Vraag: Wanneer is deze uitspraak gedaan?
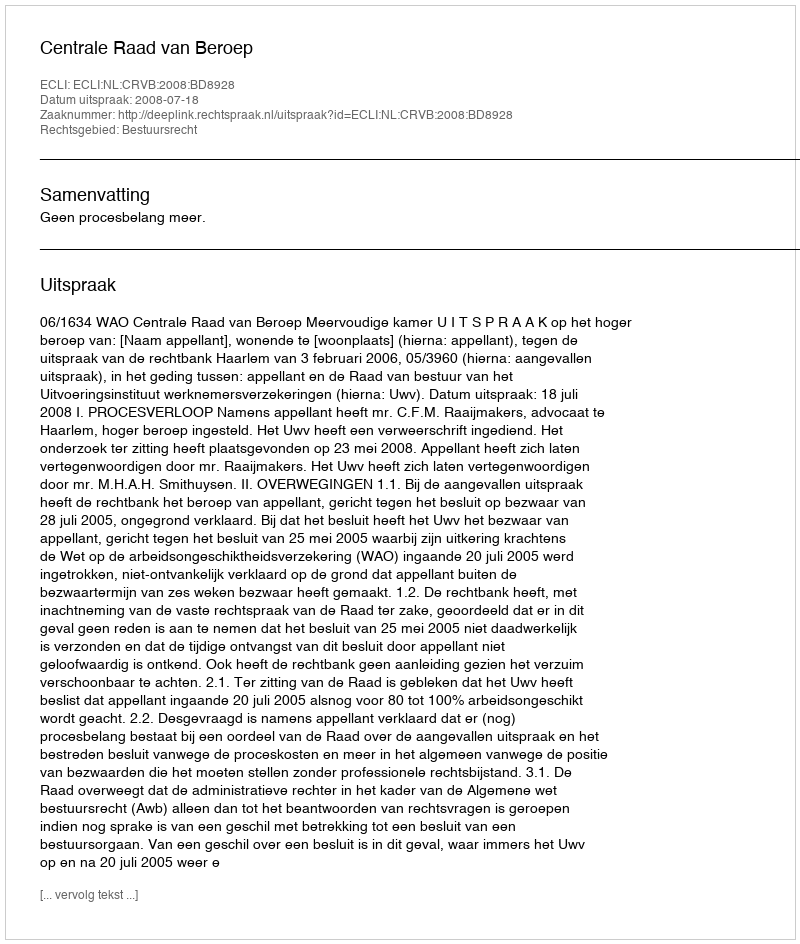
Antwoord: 2008-07-18